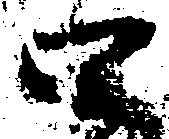
四